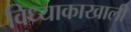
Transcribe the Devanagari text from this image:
विध्याकाखाली